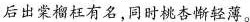
后出棠榴枉有名，同时桃杏惭轻薄。